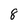
Character: 8